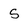
Character: 5